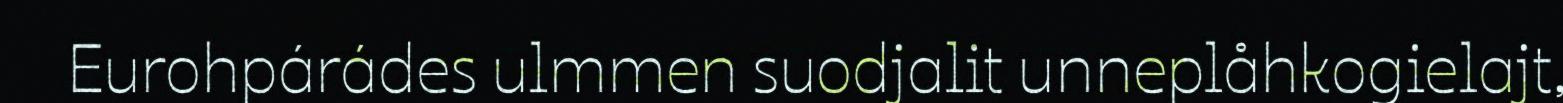
Eurohpárádes ulmmen suodjalit unneplåhkogielajt,